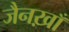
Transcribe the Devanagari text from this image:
जैनख़ाँ